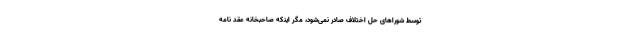
توسط شوراهای حل اختلاف صادر نمی‌شود،‌ مگر اینکه صاحبخانه عقد نامه